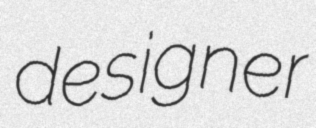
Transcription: designer